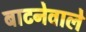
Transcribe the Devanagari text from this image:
बाटनेवाले